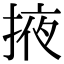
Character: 掖